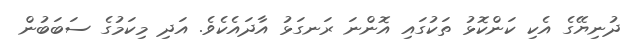
ދުނިޔޭގެ އެކި ކަންކޮޅު ތަކުގައި އޮންނަ ރަނގަޅު އާދައެކެވެ. އަދި މިކަމުގެ ސަބަބުން